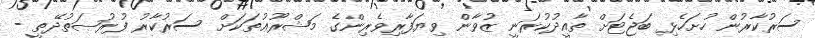
ސަރުކާރުން ހުށަހެޅި ބަޖެޓަށް ތާއީދުކުރަނީ ޒުވާން ވިޔަފާރިވެރިންގެ މަޝްރޫޢުތަކަށް ސަރުކާރު ފުރުޞަތުދޭތީ -